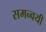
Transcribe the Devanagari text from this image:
समन्वयी